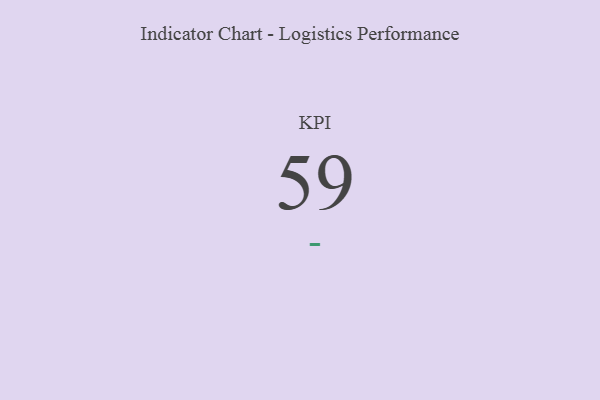
{"axis": {"x": "KPI", "y": "Value"}, "legend": [""], "data": [{"x": "KPI", "y": 59, "type": ""}]}